Source: Handwritten
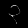
Digit: ၃ (3)